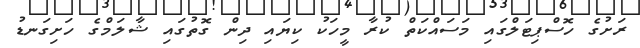
ރަށުގެ ހޮސްޕިޓަލްގައި މަސައްކަތް ކުރާ މީހަކު ކިޔައި ދިން ގޮތުގައި ޝާލަމްގެ ހަށިގަނޑު